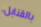
بالقنابل